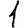
Digit: 1